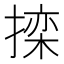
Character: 𱠧